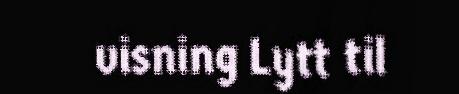
visning Lytt til